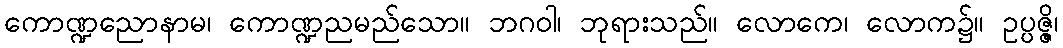
ကောဏ္ဍညောနာမ၊ ကောဏ္ဍညမည်သော။ ဘဂဝါ၊ ဘုရားသည်။ လောကေ၊ လောက၌။ ဥပ္ပဇ္ဇိ၊